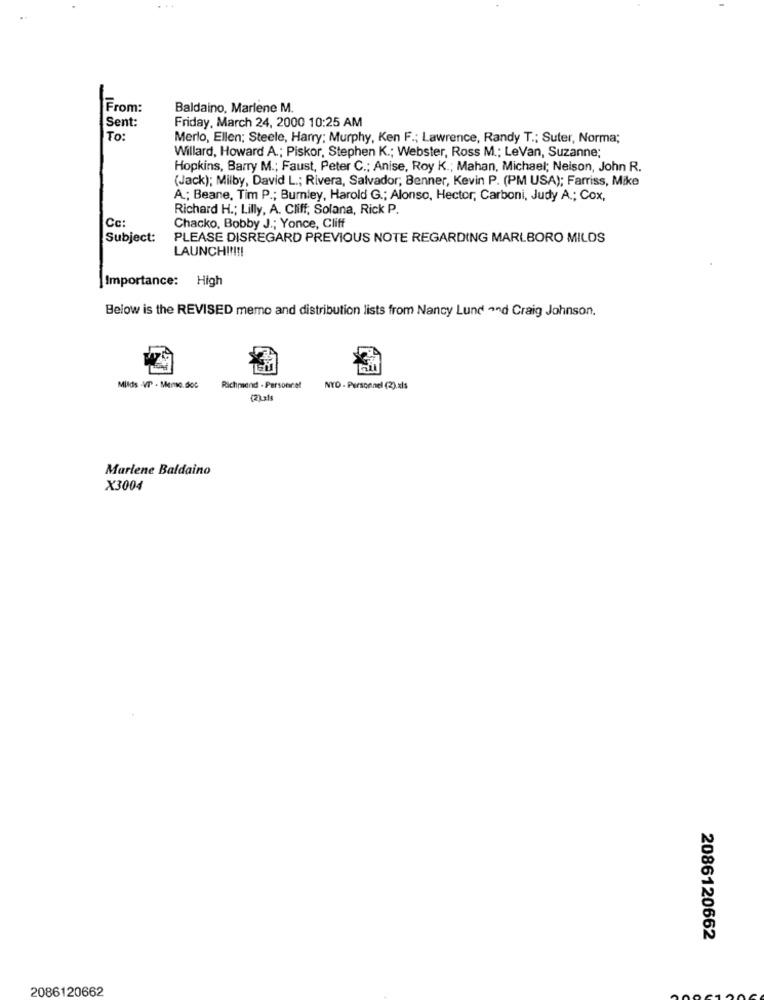
From:
Baldaino, Marlene M.
Sent:
Friday, March 24, 2000 10:25 AM
To:
Merlo, Ellen; Steele, Harry; Murphy, Ken F .; Lawrence, Randy T .; Suter, Norma;
Willard, Howard A .; Piskor, Stephen K .; Webster, Ross M .; LeVan, Suzanne;
Hopkins, Barry M .; Faust, Peter C .; Anise, Roy K .; Mahan, Michael; Nelson, John R.
(Jack); Milby, David L .; Rivera, Salvador; Benner, Kevin P. (PM USA); Farriss, Mike
A .; Beane, Tim P .; Burnley, Harold G .; Alonso, Hector, Carboni, Judy A .; Cox,
Richard H .; Lilly, A. Cliff, Solana, Rick P.
Cc:
Chacko, Bobby J .; Yonce, Cliff
Subject:
PLEASE DISREGARD PREVIOUS NOTE REGARDING MARLBORO MILDS
LAUNCH !!!!!
Importance: High
Below is the REVISED memo and distribution lists from Nancy Lund and Craig Johnson.
Milds -VT - Memo. doc
Richmend - Personnel
NYD - Personnel (2). xls
Marlene Baldaino
X3004
2086120662
2086120662